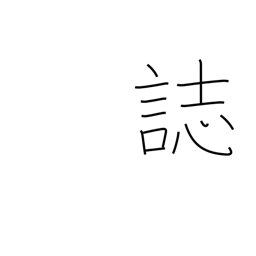
Meaning: records